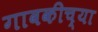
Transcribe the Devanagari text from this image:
गावकीच्या